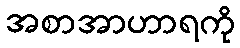
အစာအာဟာရကို